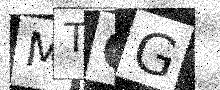
Text: MTQG